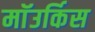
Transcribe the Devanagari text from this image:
माॅउर्किस